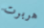
هربرت